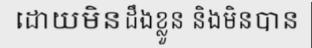
ដោយមិនដឹងខ្លួន និងមិនបាន